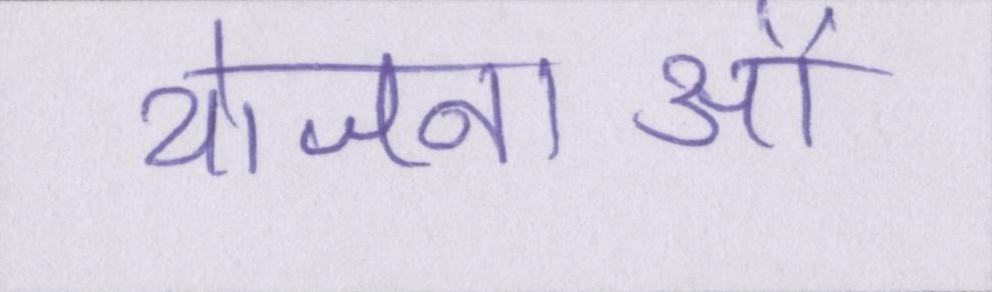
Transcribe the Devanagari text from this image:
योजनाओं